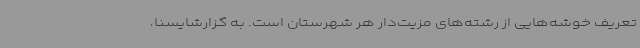
تعریف خوشه‌هایی از رشته‌های مزیت‌دار هر شهرستان است. به گزارشایسنا،